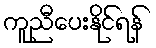
ကူညီပေးနိုင်ရန်